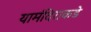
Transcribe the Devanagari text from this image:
यामंदिराकडे